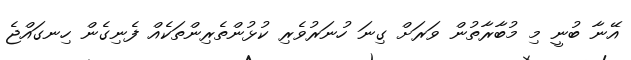
އޭނާ ބުނީ މި މުބާރާތުން ވަރަށް ގިނަ ހުނަރުވެރި ކުޅުންތެރިންތަކެއް ފެނިގެން ހިނގައްޖެ